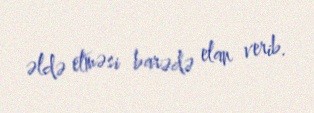
əldə etməsi barədə elan verib.